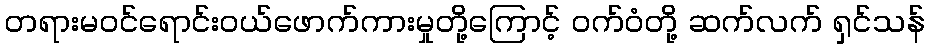
တရားမဝင်ရောင်းဝယ်ဖောက်ကားမှုတို့ကြောင့် ဝက်ဝံတို့ ဆက်လက် ရှင်သန်